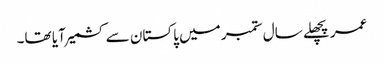
عمر پچھلے سال ستمبر میں پاکستان سے کشمیر آیا تھا۔